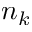
n _ { k }